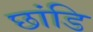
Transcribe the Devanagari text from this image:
छांडि